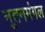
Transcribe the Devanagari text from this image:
नूतनमंगल